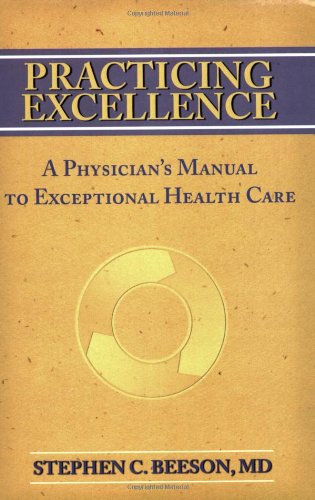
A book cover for Practicing Excellence: A Physician's Manual to Exceptional Health Care; Stephen C.; Medical Books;